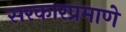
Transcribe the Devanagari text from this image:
सरकारप्रमाणे